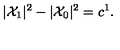
| { \cal X } _ { 1 } | ^ { 2 } - | { \cal X } _ { 0 } | ^ { 2 } = c ^ { 1 } .